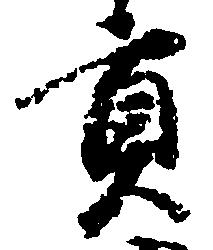
貢